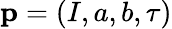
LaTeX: \textbf{p}=(I,a,b,\tau)